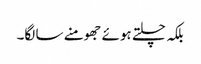
بلکہ چلتے ہوئے جھومنے سا لگا۔